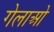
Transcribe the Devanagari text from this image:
गेलाओ